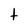
Character: t